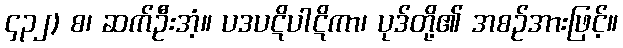
၄၃၂) စ၊ ဆက်ဦးအံ့။ ပဒပဋိပါဋိကာ၊ ပုဒ်တို့၏ အစဉ်အားဖြင့်။